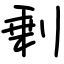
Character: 剰